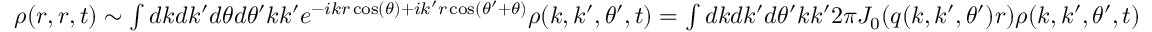
\begin{array} { r } { \rho ( r , r , t ) \sim \int d k d k ^ { \prime } d \theta d \theta ^ { \prime } k k ^ { \prime } e ^ { - i k r \cos ( \theta ) + i k ^ { \prime } r \cos ( \theta ^ { \prime } + \theta ) } \rho ( k , k ^ { \prime } , \theta ^ { \prime } , t ) = \int d k d k ^ { \prime } d \theta ^ { \prime } k k ^ { \prime } 2 \pi J _ { 0 } ( q ( k , k ^ { \prime } , \theta ^ { \prime } ) r ) \rho ( k , k ^ { \prime } , \theta ^ { \prime } , t ) } \end{array}